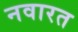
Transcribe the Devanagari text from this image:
नवारत